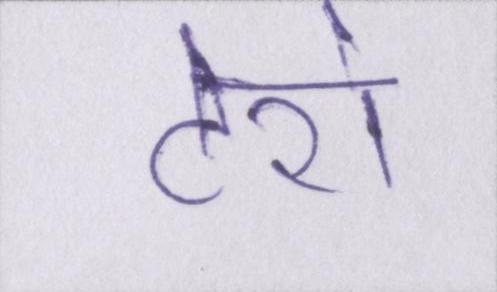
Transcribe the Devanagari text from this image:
टेरो